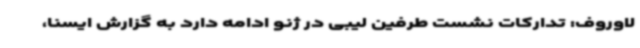
لاوروف: تدارکات نشست طرفین لیبی در ژنو ادامه دارد به گزارش ایسنا،